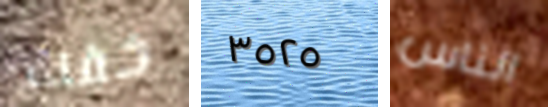
خفت ٣٥٢٥ الناس